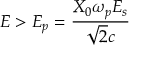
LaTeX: E > E _ { p } = { \frac { X _ { 0 } \omega _ { p } E _ { s } } { \sqrt { 2 } c } }